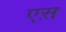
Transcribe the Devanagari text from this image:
एस़